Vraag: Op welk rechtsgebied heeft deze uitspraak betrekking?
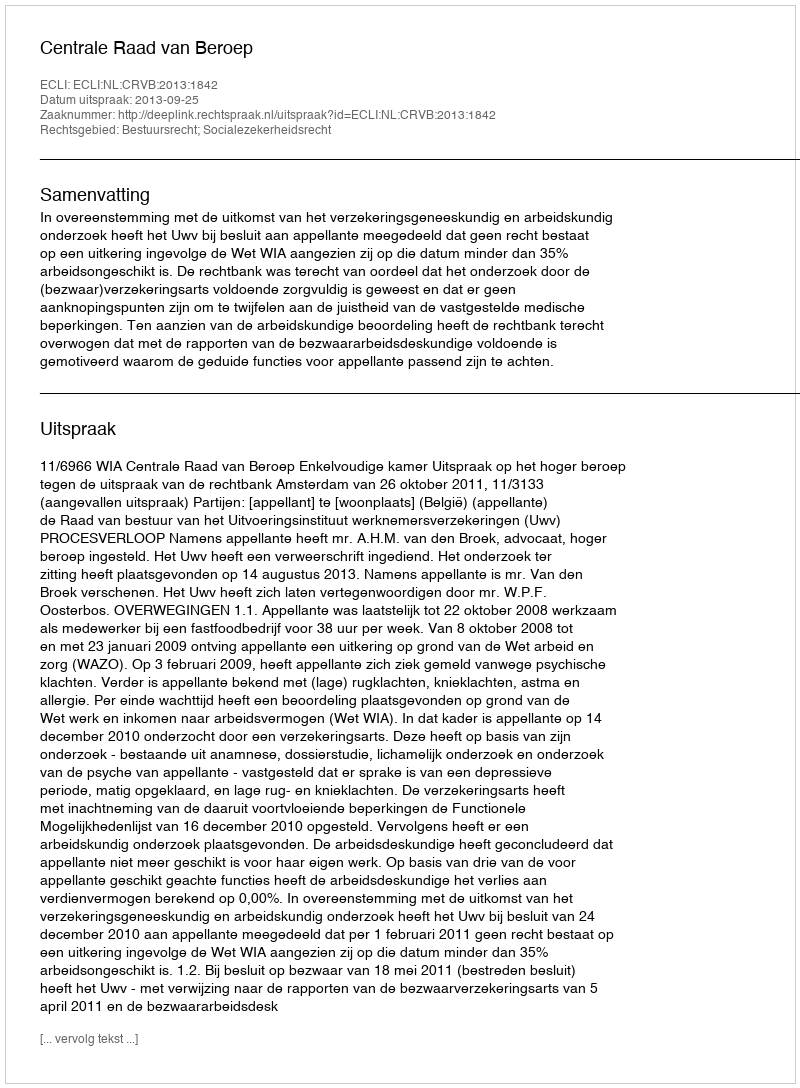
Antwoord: Bestuursrecht; Socialezekerheidsrecht